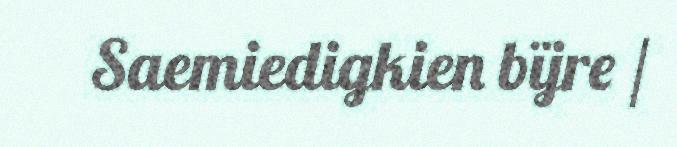
Saemiedigkien bïjre /